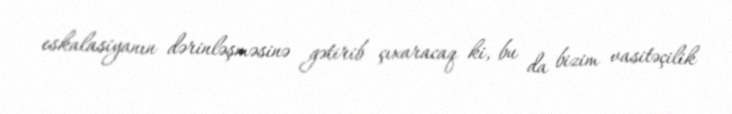
eskalasiyanın dərinləşməsinə gətirib çıxaracaq ki, bu da bizim vasitəçilik